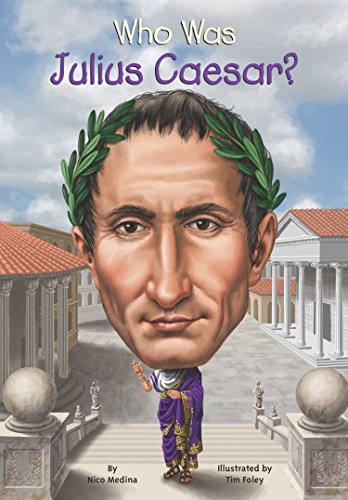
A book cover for Who Was Julius Caesar?; Nico Medina; Children's Books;